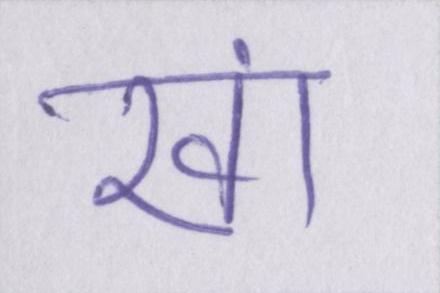
खां